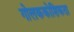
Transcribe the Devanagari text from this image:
गोलककोशिकता